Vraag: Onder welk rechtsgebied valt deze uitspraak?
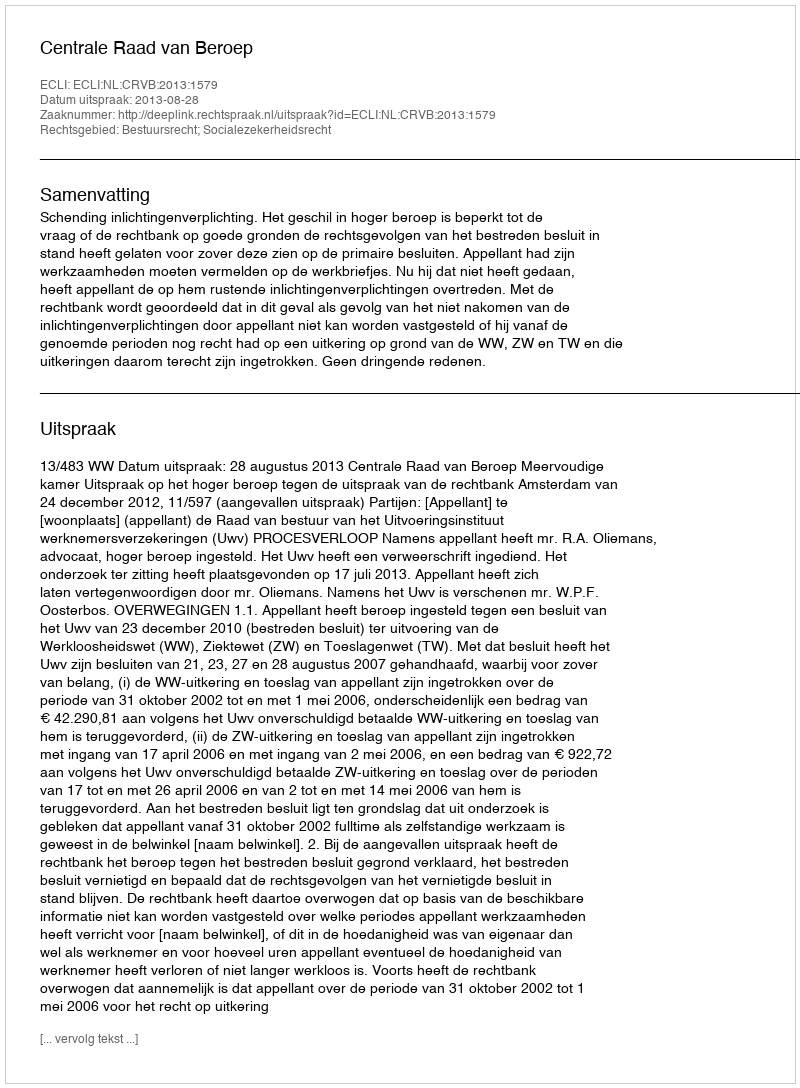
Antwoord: Bestuursrecht; Socialezekerheidsrecht